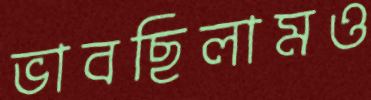
ভাবছিলামও